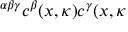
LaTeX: ^ { \alpha \beta \gamma } c ^ { \beta } ( x , \kappa ) c ^ { \gamma } ( x , \kappa